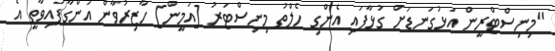
"މިނިސްޓްރީން އަޅުގަނޑަށް ގުޅާފައި އެންގި ހެލްތު މިނިސްޓަރު [އަމީން] ހާޒިރުވާން އަންގާފައިވާތީ އެ